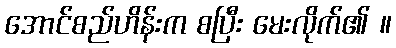
အောင်စည်ဟိန်းက စပြီး မေးလိုက်၏ ။